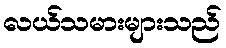
လယ်သမားများသည်